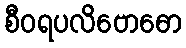
စီဝရပလိဗောဓော